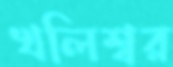
খলিশ্বর